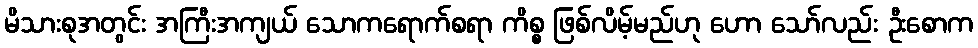
မိသားစုအတွင်း အကြီးအကျယ် သောကရောက်စရာ ကိစ္စ ဖြစ်လိမ့်မည်ဟု ဟော သော်လည်း ဦးစောက